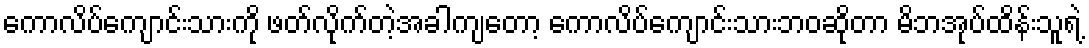
ကောလိပ်ကျောင်းသားကို ဖတ်လိုက်တဲ့အခါကျတော့ ကောလိပ်ကျောင်းသားဘဝဆိုတာ မိဘအုပ်ထိန်းသူရဲ့